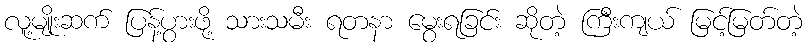
လူ့မျိုးဆက် ပြန့်ပွားဖို့ သားသမီး ရတနာ မွေးရခြင်း ဆိုတဲ့ ကြီးကျယ် မြင့်မြတ်တဲ့